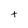
Character: t